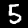
Label: 5